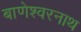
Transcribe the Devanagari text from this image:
बाणेश्वरनाथ